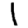
Digit: 1